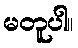
မတူပါ။